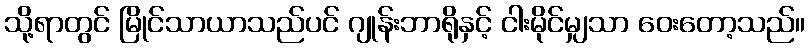
သို့ရာတွင် မြိုင်သာယာသည်ပင် ဂျုန်းဘာရိုနှင့် ငါးမိုင်မျှသာ ဝေးတော့သည်။